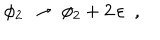
LaTeX: \phi _ { 2 } ~ \to ~ \phi _ { 2 } + 2 \, \varepsilon ~ ~ ,